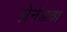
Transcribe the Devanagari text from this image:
ग्रेनेडचा